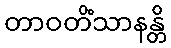
တာဝတိံသာနန္တိ